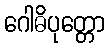
ဂေါဓိပုတ္တော